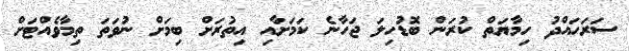
ސަރަހައްދު ހިމާޔަތް ކުރަން ބޮޑުހިލަ ޖަހާނެ ކަމަށާއި އިތުރަށް ބިމަށް ނުވަތަ ތިމާވެއްޓަށް